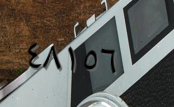
٤٨١٥٦